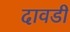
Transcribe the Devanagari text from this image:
दावडी